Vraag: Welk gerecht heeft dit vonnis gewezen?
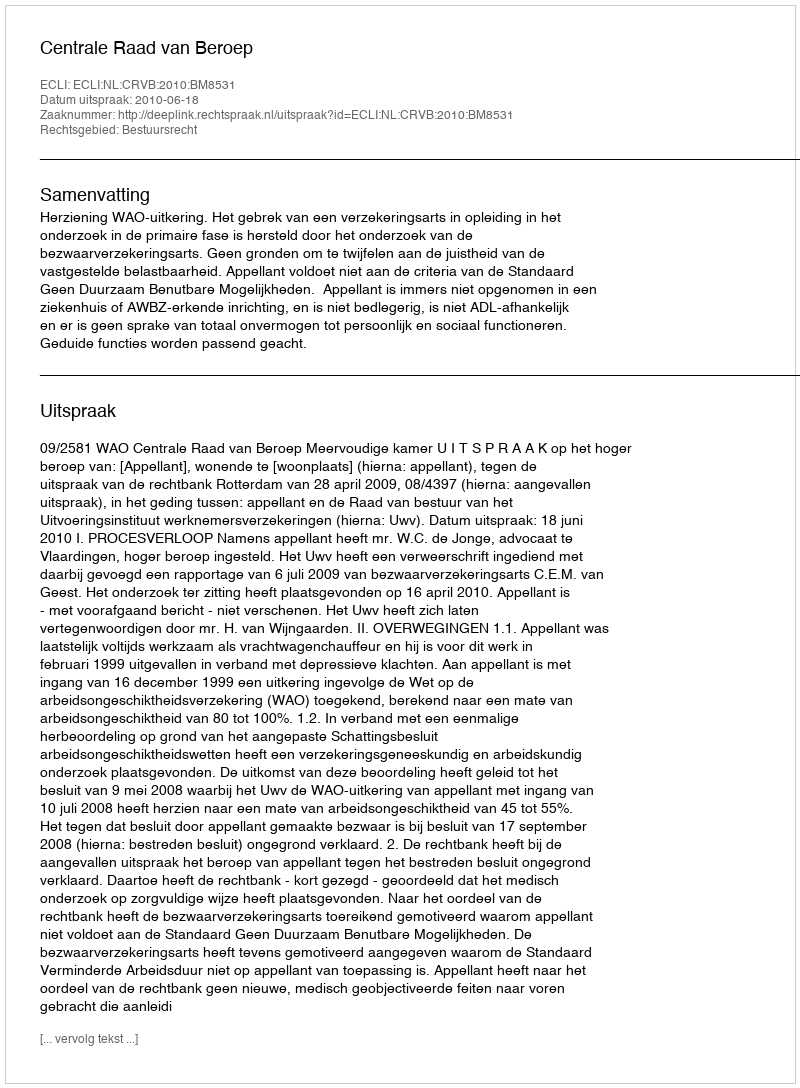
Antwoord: Centrale Raad van Beroep